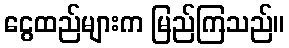
ငွေထည်များက မြည်ကြသည်။